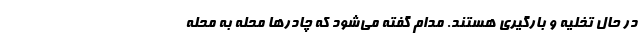
در حال تخليه و بارگيري هستند. مدام گفته مي‌شود كه چادرها محله به محله